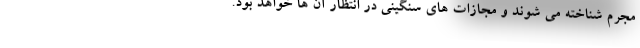
مجرم شناخته می شوند و مجازات های سنگینی در انتظار آن ها خواهد بود.